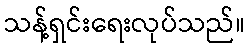
သန့်ရှင်းရေးလုပ်သည်။